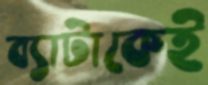
ব্যাটাকেই